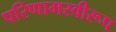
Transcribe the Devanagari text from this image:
परिणामस्वीरूप